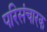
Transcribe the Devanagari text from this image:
परिसंचारक